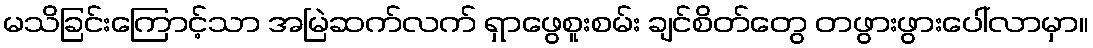
မသိခြင်းကြောင့်သာ အမြဲဆက်လက် ရှာဖွေစူးစမ်း ချင်စိတ်တွေ တဖွားဖွားပေါ်လာမှာ။